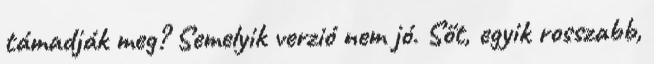
támadják meg? Semelyik verzió nem jó. Sőt, egyik rosszabb,